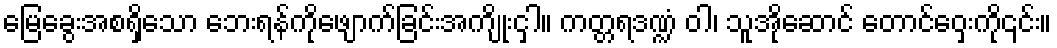
မြေခွေးအစရှိသော ဘေးရန်ကိုဖျောက်ခြင်းအကျိုးငှါ။ ကတ္တရဒဏ္ဍံ ဝါ၊ သူအိုဆောင် တောင်ဝှေးကို၎င်း။